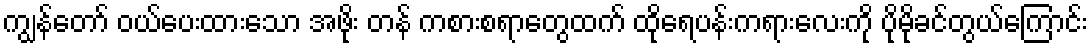
ကျွန်တော် ဝယ်ပေးထားသော အဖိုး တန် ကစားစရာတွေထက် ထိုရေပန်းကရားလေးကို ပိုမိုခင်တွယ်ကြောင်း